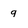
Character: 9